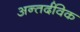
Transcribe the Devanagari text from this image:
अन्तर्दविक